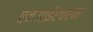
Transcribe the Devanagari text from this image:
एनआईएचएम